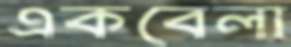
একবেলা